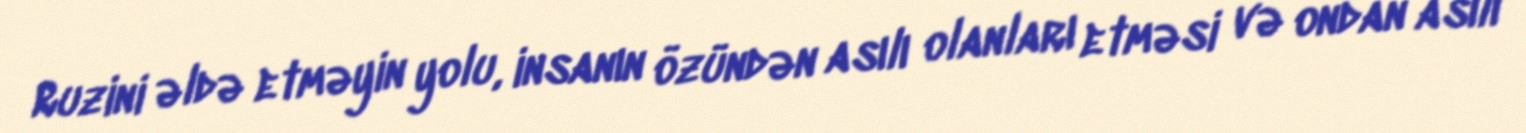
Ruzini əldə etməyin yolu, insanın özündən asılı olanları etməsi və ondan asılı